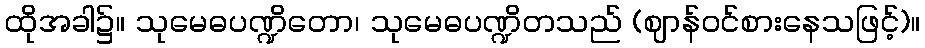
ထိုအခါ၌။ သုမေဓပဏ္ဍိတော၊ သုမေဓပဏ္ဍိတသည် (ဈာန်ဝင်စားနေသဖြင့်)။